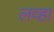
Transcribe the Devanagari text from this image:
लव्हा